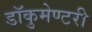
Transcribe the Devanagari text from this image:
डॉकुमेण्टरी